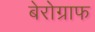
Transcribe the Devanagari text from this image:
बेरोग्राफ